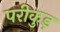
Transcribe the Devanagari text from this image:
परीकुड़